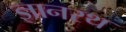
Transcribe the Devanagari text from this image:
ज्ञानरथ